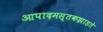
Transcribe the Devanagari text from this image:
आपादमस्तकझाडते